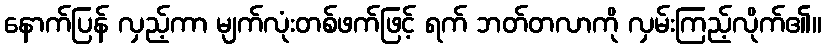
နောက်ပြန် လှည့်ကာ မျက်လုံးတစ်ဖက်ဖြင့် ရက် ဘတ်တလာကို လှမ်းကြည့်လိုက်၏။